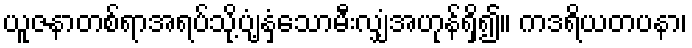
ယူဇနာတစ်ရာအရပ်သို့ပျံ့နှံ့သောမီးလျှံအဟုန်ရှိ၍။ ကဒရိယတပနာ၊